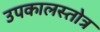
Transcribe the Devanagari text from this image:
उपकालस्तोत्र